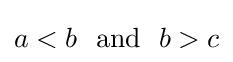
a<b~~\mathrm {and} ~~b>c